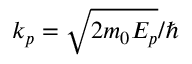
k _ { p } = \sqrt { 2 m _ { 0 } E _ { p } } / \hbar